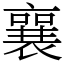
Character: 襄